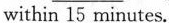
within 15 minutes.